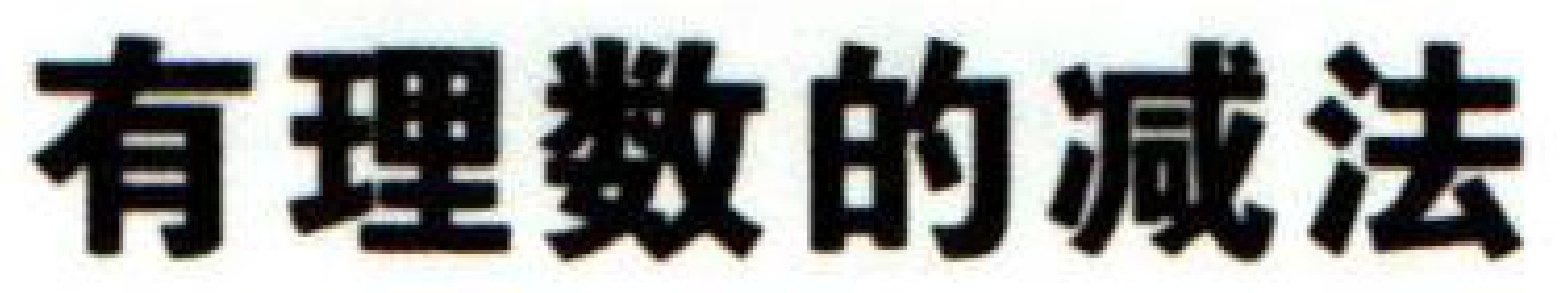
有理数的减法